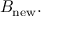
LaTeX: B _ { \mathrm { n e w } } .